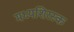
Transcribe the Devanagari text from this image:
मध्यशिरस्क